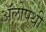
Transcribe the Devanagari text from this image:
ॲलोपथी